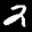
Label: 2